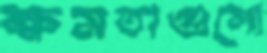
ক্ষমতাগুলো